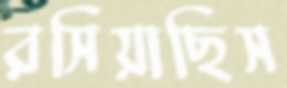
রসিয়াছিস